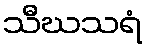
သီဃသရံ